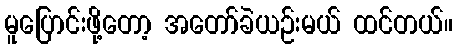
မူပြောင်းဖို့တော့ အတော်ခဲယဉ်းမယ် ထင်တယ်။